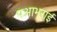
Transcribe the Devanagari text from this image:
पआभराई